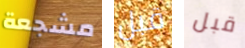
مشجعة قبل قبل